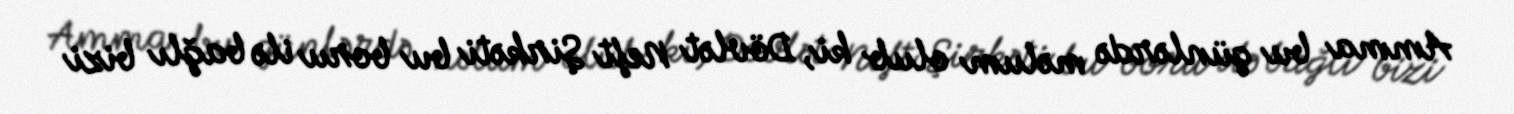
Amma bu günlərdə məlum olub ki, Dövlət Neft Şirkəti bu boru ilə bağlı bizi